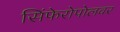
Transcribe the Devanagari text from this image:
सिंफेरोपोलवर